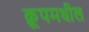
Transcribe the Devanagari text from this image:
क्रूपमधील